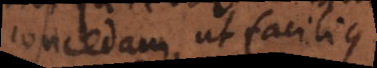
concedam ut facilius